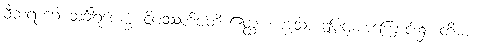
ဝီတရာဂေါ သင်္ခါရုပေက္ခံ ဝိပဿတိဝါတိ ဧတ္ထ၊ ဟူသော ဤပဌမအကြောင်း၌။ တိဓာ၊